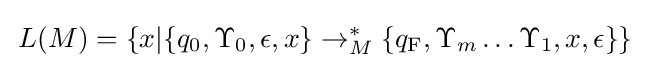
\,L(M)=\left\{x|\{q_{0},\Upsilon _{0},\epsilon ,x\}\rightarrow _{M}^{*}\{q_{\textrm {F}},\Upsilon _{m}\ldots \Upsilon _{1},x,\epsilon \}\right\}